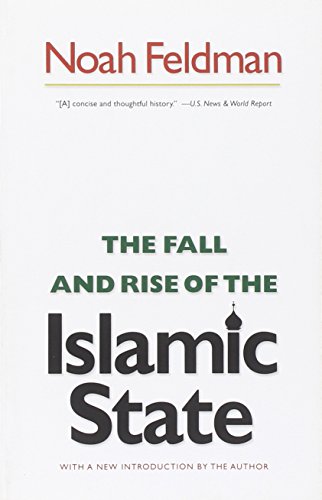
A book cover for The Fall and Rise of the Islamic State; Noah Feldman; Religion & Spirituality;